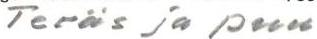
Teräs ja puu